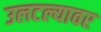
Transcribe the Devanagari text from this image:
उलटल्यावर